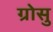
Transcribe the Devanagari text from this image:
ग्रोसु